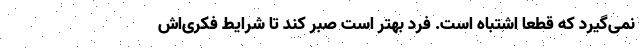
نمی‌گیرد که قطعا اشتباه است. فرد بهتر است صبر کند تا شرایط فکری‌اش